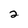
Character: 2